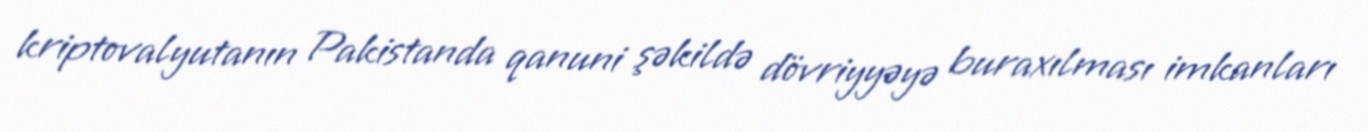
kriptovalyutanın Pakistanda qanuni şəkildə dövriyyəyə buraxılması imkanları